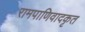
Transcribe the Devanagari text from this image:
रामपाणिवादकृत